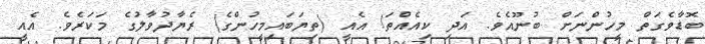
ބޮޑާވެގަތް މީހުންނަށް ބުނޫއެވެ. އަދި ކިއެއްތަ! އެއީ (ތިޔަބައިމީހުންގެ) ރެޔާދުވާލުގެ މަކަރެވެ. އެއީ